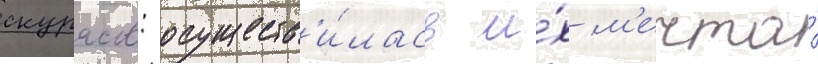
скурасов: осуществ'и́лась и́х м'ечта́